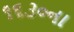
૧૬૩૦ના